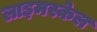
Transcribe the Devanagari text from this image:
लाइमस्केल